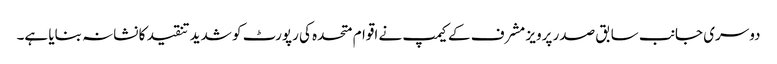
دوسری جانب سابق صدر پرویز مشرف کے کیمپ نے اقوام متحدہ کی رپورٹ کو شدید تنقید کا نشانہ بنایا ہے۔